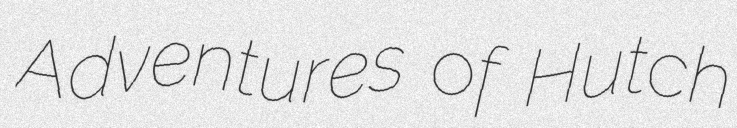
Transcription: Adventures of Hutch